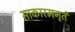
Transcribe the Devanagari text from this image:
साकारमनृतं